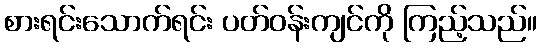
စားရင်းသောက်ရင်း ပတ်ဝန်းကျင်ကို ကြည့်သည်။